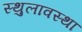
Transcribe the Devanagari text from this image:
स्थुलावस्था